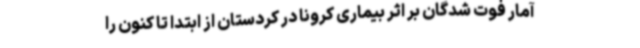
آمار فوت شدگان بر اثر بیماری کرونا در کردستان از ابتدا تا کنون را